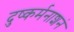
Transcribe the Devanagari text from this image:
दुष्कर्मनाशनं